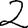
Digit: 2